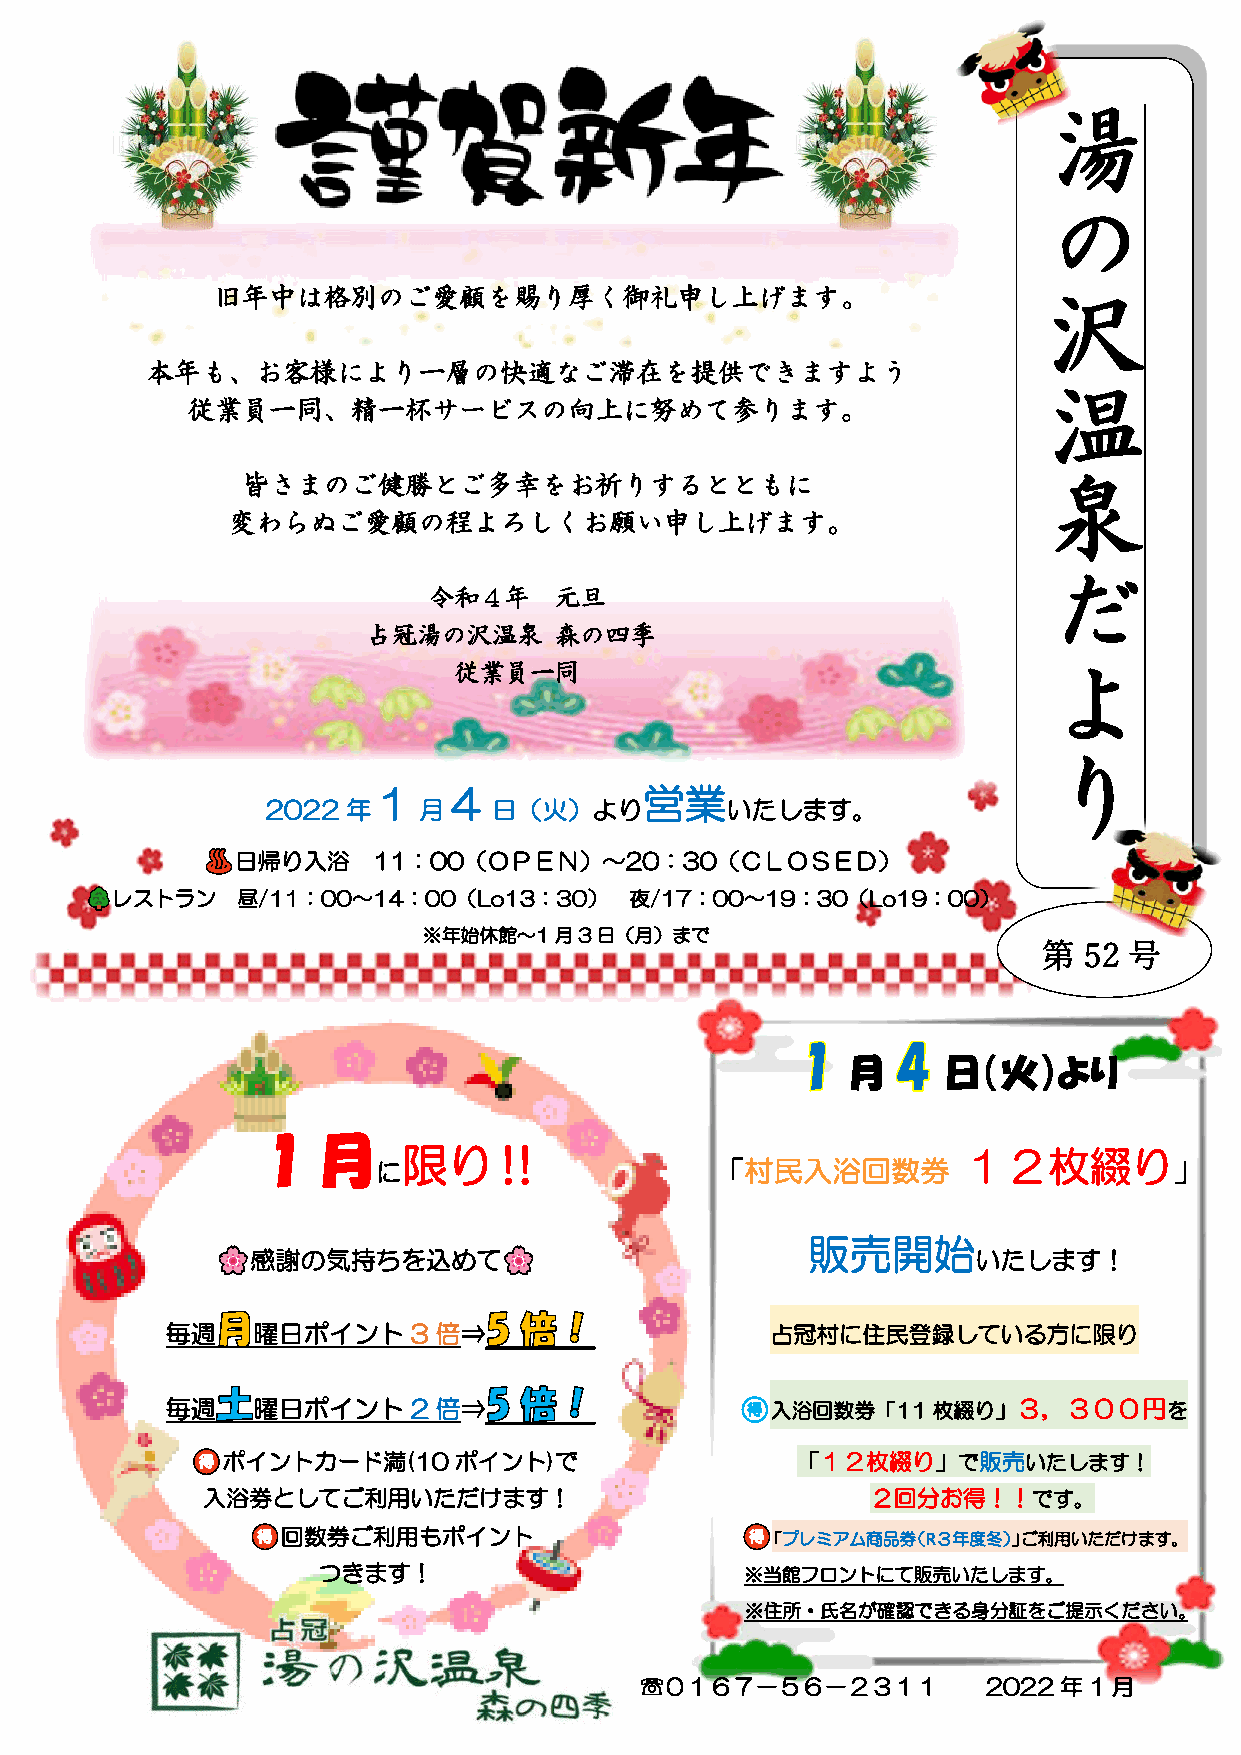
湯
 の
 旧年中は格別のご愛顧を賜り厚く御礼申し上げます。                               沢
 本年も、お客様により一層の快適なご滞在を提供できますよう
 温
 従業員一同、精一杯サービスの向上に努めて参ります。
 皆さまのご健勝とご多幸をお祈りするとともに                                泉
 変わらぬご愛顧の程よろしくお願い申し上げます。
 だ
 令和４年     元旦
 占冠湯の沢温泉      森の四季
 従業員一同                                  よ
 り
 1    4            営業
 2022 年    月    日（火）より         いたします。
 日帰り入浴    11：00（ＯＰＥＮ）～20：30（ＣＬＯＳＥＤ）
 レストラン    昼/11：00～14：00（Lo13：30）    夜/17：00～19：30（Lo19：00）
 ※年始休館～1月3日（月）まで
 第  52 号
 月     日（火）より
 1  月
 限り‼                                  １２枚綴り
 に                     「村民入浴回数券                       」
 販売開始
 感謝の気持ちを込めて                                      いたします！
 毎週    曜日ポイント    3 倍⇒                    占冠村に住民登録している方に限り
 毎週    曜日ポイント    2 倍⇒                  🉐入浴回数券「11枚綴り」３，３００円を
 ポイントカード満(10ポイント)で                     「１２枚綴り」で販売いたします！
 入浴券としてご利用いただけます！                             ２回分お得！！です。
 回数券ご利用もポイント                     「プレミアム商品券（R３年度冬）」ご利用いただけます。
 つきます！                       ※当館フロントにて販売いたします。
 ※住所・氏名が確認できる身分証をご提示ください。
 ☏０１６７－５６－２３１１          2022年1月